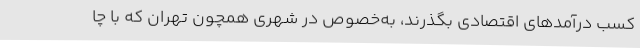
کسب درآمدهای اقتصادی بگذرند، به‌خصوص در شهری همچون تهران که با چا